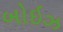
બોઇઝ